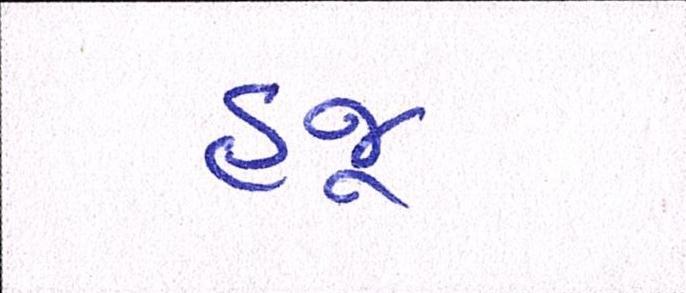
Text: હજૂ